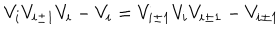
LaTeX: V _ { i } V _ { i \pm 1 } V _ { i } - V _ { i } = V _ { i \pm 1 } V _ { i } V _ { i \pm 1 } - V _ { i \pm 1 }